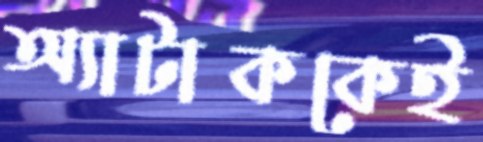
অ্যাটাককেই